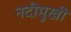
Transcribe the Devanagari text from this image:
नदीमुखी